Standards of the constituents of the urine and blood and the bearing of the metabolism of Bengalis on the problems of nutrition - Number 34
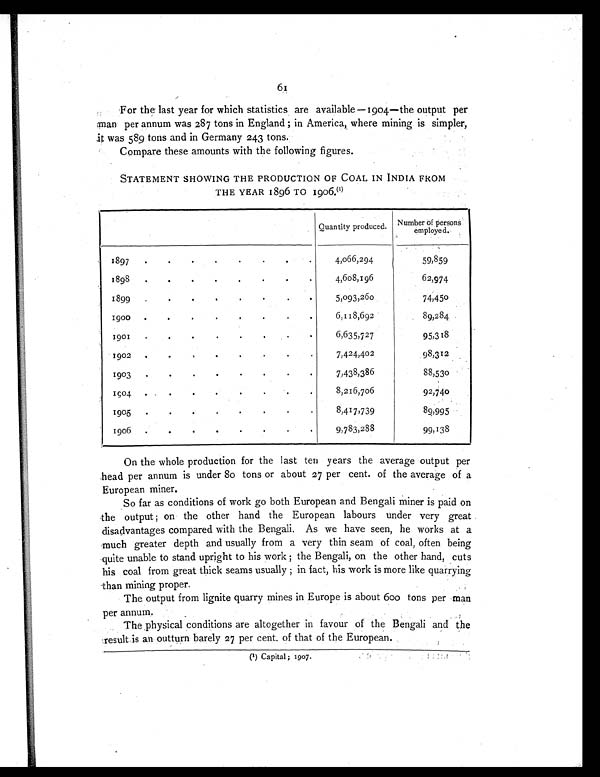
61
For the last year for which statistics are available—1904—the output per
man per annum was 287 tons in England ; in America, where mining is simpler,
it was 589 tons and in Germany 243 tons.
Compare these amounts with the following figures.
STATEMENT SHOWING THE PRODUCTION OF COAL IN INDIA FROM
THE YEAR 1896 TO 1906. (1)
Quantity produced. Number of persons
employed.
1897
.
.
.
.
.
.
.
.
4,066,294
59,859
1898
.
.
.
.
.
.
.
.
4,608,196
62,974
1899
.
.
.
.
.
.
.
.
5,093,260
74,450
1900
.
.
.
.
.
.
.
.
6,118,692
89,284
1901
.
.
.
.
.
.
.
.
6,635,727
95,318
1902
.
.
.
.
.
.
.
.
7,424,402
98,312
1903
.
.
.
.
.
.
.
.
7,438,386
88,530
1904
.
.
.
.
.
.
.
.
8,216,706
92,740
1905
.
.
.
.
.
.
.
.
8,417,739
89,995
1906
.
.
.
.
.
.
.
.
9,783,288
99,138
On the whole production for the last ten years the average output per
head per annum is under 80 tons or about 27 per cent. of the average of a
European miner.
So far as conditions of work go both European and Bengali miner is paid on
the output ; on the other hand the European labours under very great
disadvantages compared with the Bengali. As we have seen, he works at a
much greater depth and usually from a very thin seam of coal, often being
quite unable to stand upright to his work ; the Bengali, on the other hand, cuts
his coal from great thick seams usually ; in fact, his work is more like quarrying
than mining proper.
The output from lignite quarry mines in Europe is about 600 tons per man
per annum.
The physical conditions are altogether in favour of the Bengali and the
result is an outturn barely 27 per cent. of that of the European.
(1) Capital; 1907.